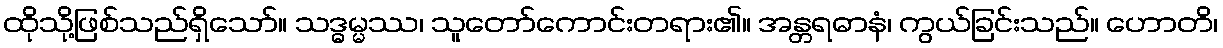
ထိုသို့ဖြစ်သည်ရှိသော်။ သဒ္ဓမ္မဿ၊ သူတော်ကောင်းတရား၏။ အန္တရဓာနံ၊ ကွယ်ခြင်းသည်။ ဟောတိ၊